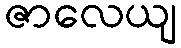
ဇာလေယျ